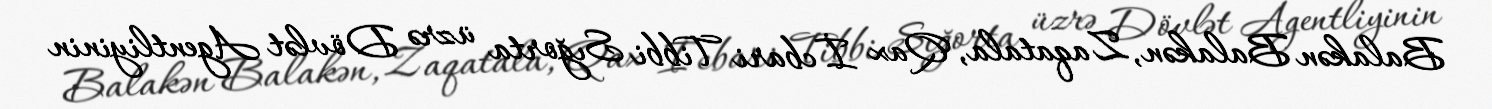
Balakən Balakən, Zaqatala, Qax İcbari Tibbi Sığorta üzrə Dövlət Agentliyinin